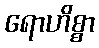
ရောဟိစ္စာ